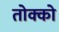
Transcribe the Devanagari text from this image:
तोक्को